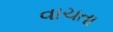
વાચતા